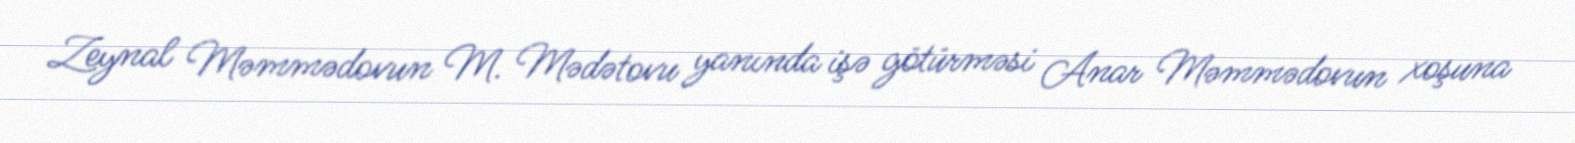
Zeynal Məmmədovun M. Mədətovu yanında işə götürməsi Anar Məmmədovun xoşuna